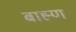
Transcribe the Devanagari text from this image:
बाह्म्ण